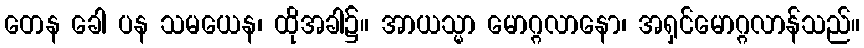
တေန ခေါ ပန သမယေန၊ ထိုအခါ၌။ အာယသ္မာ မောဂ္ဂလာနော၊ အရှင်မောဂ္ဂလာန်သည်။